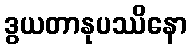
ဒွယတာနုပဿိနော